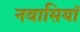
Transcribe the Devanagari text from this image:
नवासियाॅ